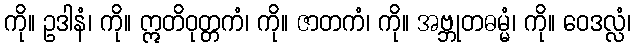
ကို။ ဥဒါနံ၊ ကို။ ဣတိဝုတ္တကံ၊ ကို။ ဇာတကံ၊ ကို။ အဗ္ဘုတဓမ္မံ၊ ကို။ ဝေဒလ္လံ၊